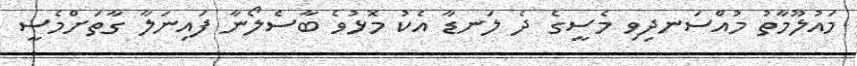
މައުލޫމާތު މުއްސަނދިވި މެސީގެ ދެ ލަނޑާ އެކު މޮޅުވެ ބާސެލޯނާ ފައިނަލާ ގާތަށްމެސީ